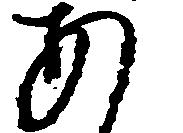
あ